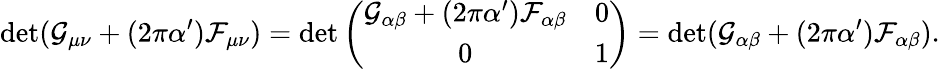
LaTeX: \operatorname*{det}(\mathcal{G}_{\mu\nu}+(2\pi\alpha^{\prime})\mathcal{F}_{\mu\nu})=\operatorname*{det}\left(\begin{array}{cc}{{\mathcal{G}_{\alpha\beta}+(2\pi\alpha^{\prime})\mathcal{F}_{\alpha\beta}}}&{{0}}\\ {{0}}&{{1}}\end{array}\right)=\operatorname*{det}(\mathcal{G}_{\alpha\beta}+(2\pi\alpha^{\prime})\mathcal{F}_{\alpha\beta}).